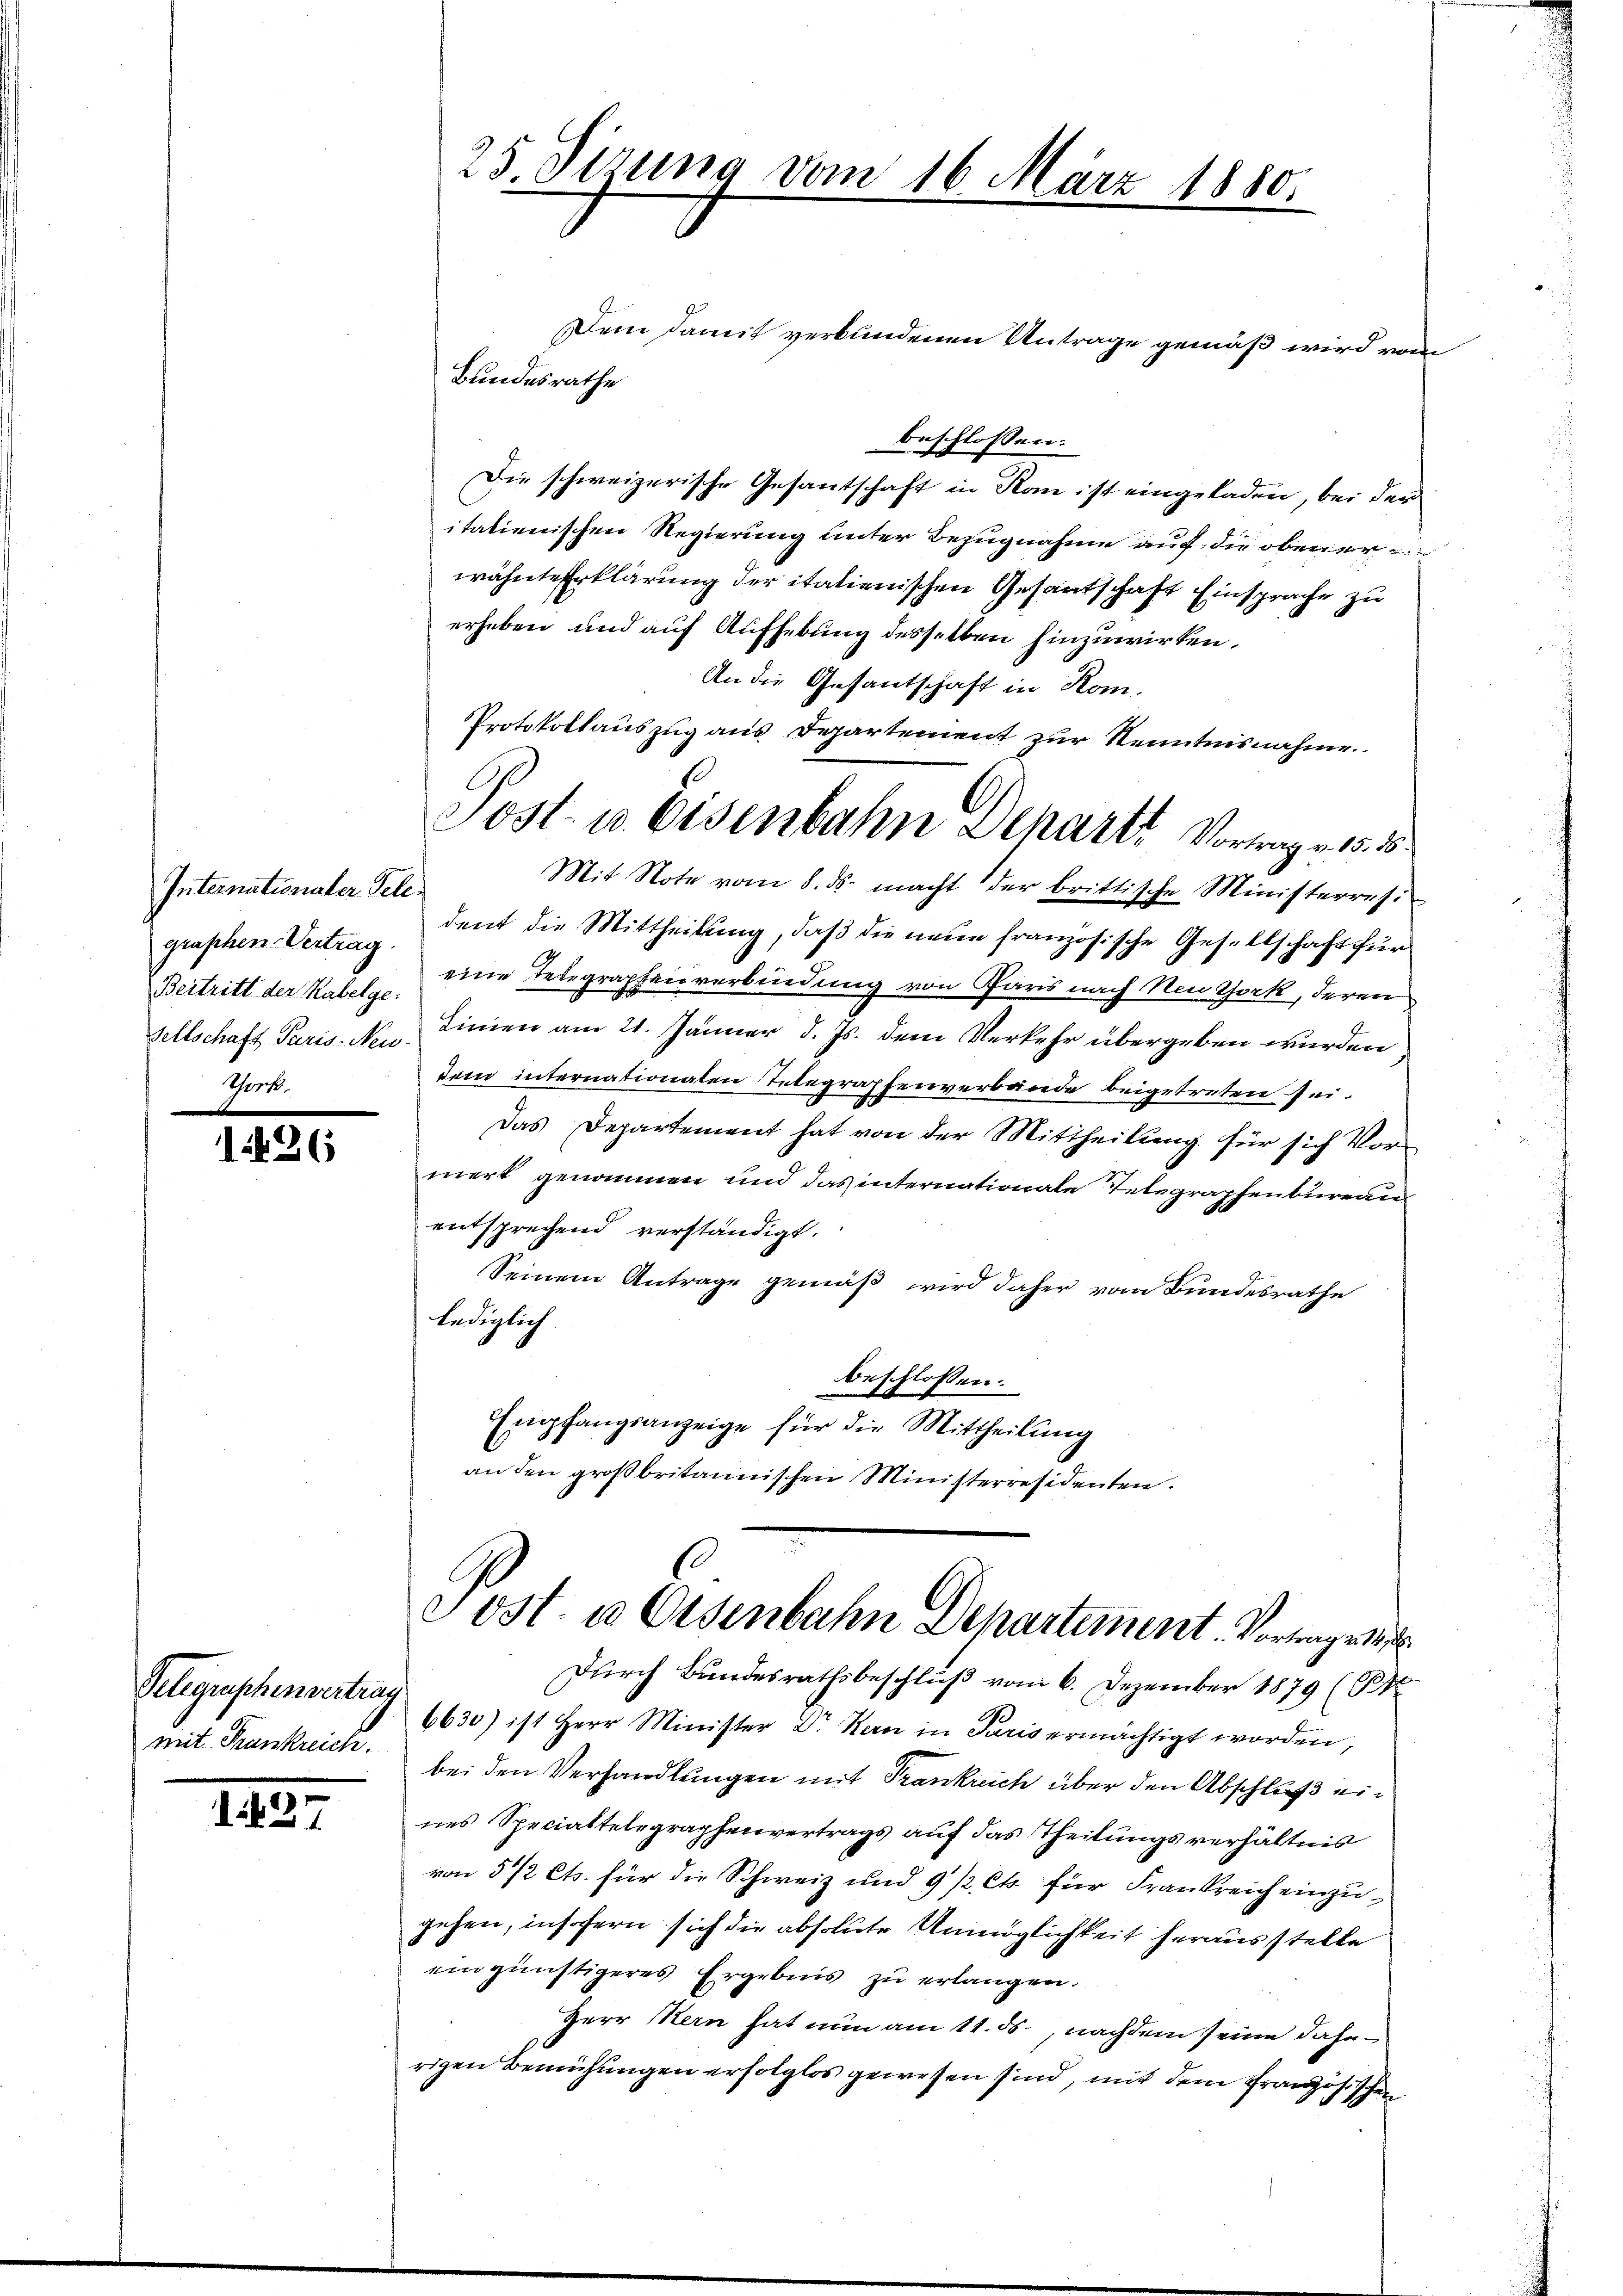
Internationaler Telegraphen Vertrag

1

Telegraphenvertrag
mit Frankreich.

1827

Dem Damit verbundenen Antrage gemäß wird vom
Bundesrathe
beschlossen:
Die schweizerische Gesantschaft in Kan ist eingeladen, bei der
italienischen Regierung unter Bezugnahme auf die obener
wähnte Erklärung der italienischen Gesandschaft Einsprache zu
erheben und auf Aufhebung desselben hinzuwirken.
An die Gesantschaft in Rom.
Mit Note vom 8. ds. macht der brittische Ministerresi
dent die Mittheilung, daß die neue französische Gesellschaft für
Beitritt der Rabel eine Telegraphenverbindung von Paris nach Neu York, deren
sellschaft Paris. No. Linien am 21. Januar d. Js. dem Verkehr übergeben wurden
dem internationaten Telegraphenverbände beigetreten sei.
Das Departement hat von der Mittheilung für sich Vors
merk genommen und das internationale Telegraphenbureau
entsprechend verständigt.
Seinem Antrage gemäß wird daher vom Bundesrathe
lediglich
beschlossen:
Empfangsanzeige für die Mittheilung
an den großbritannischen Ministerresidenten.

25. Sizung vom 16. März 1880

Protokollauszug aus Departement zur Kenntnisnahme.
Post- u. Eisenbahn Departe Vorrage 185

Sost. u Osenbahn Departement. Vortrag
Durch Bandesrathsbeschluß vom 6. Dezember 1879 (14

6630) ist Herr Minister Dr Kern in Paris ermächtigt worden,
bei den Verhandlungen mit Trankreich über den Abschluß eines Specialtelegraphenvertrags auf das Theilungsverhältnis
von 572 Cts. für die Schweiz und 9 1/2. Ch. für Frankreich einzugehen, insofern sich die absolute Unmöglichkeit herausstelle
eingünstigeres Ergebnis zu erlangen.
Herr Kern hat nun am 11. ds., nachdem seine daherigen Bemühungen erfolglos gewesen sind, mit dem französischen